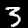
Digit: 3